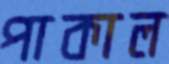
পাকাল